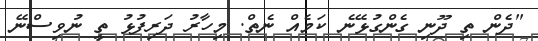
"ދެން ތި ދޫނި ގެންގުޅޭނެ ކަމެއް ނެތް. މިހާރު ދަރިފުޅު ތީ ނުވިސްނޭ